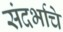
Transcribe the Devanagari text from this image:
संदर्भाचे